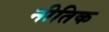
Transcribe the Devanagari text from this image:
नीतिक